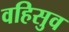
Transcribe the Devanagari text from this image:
वहिसुव